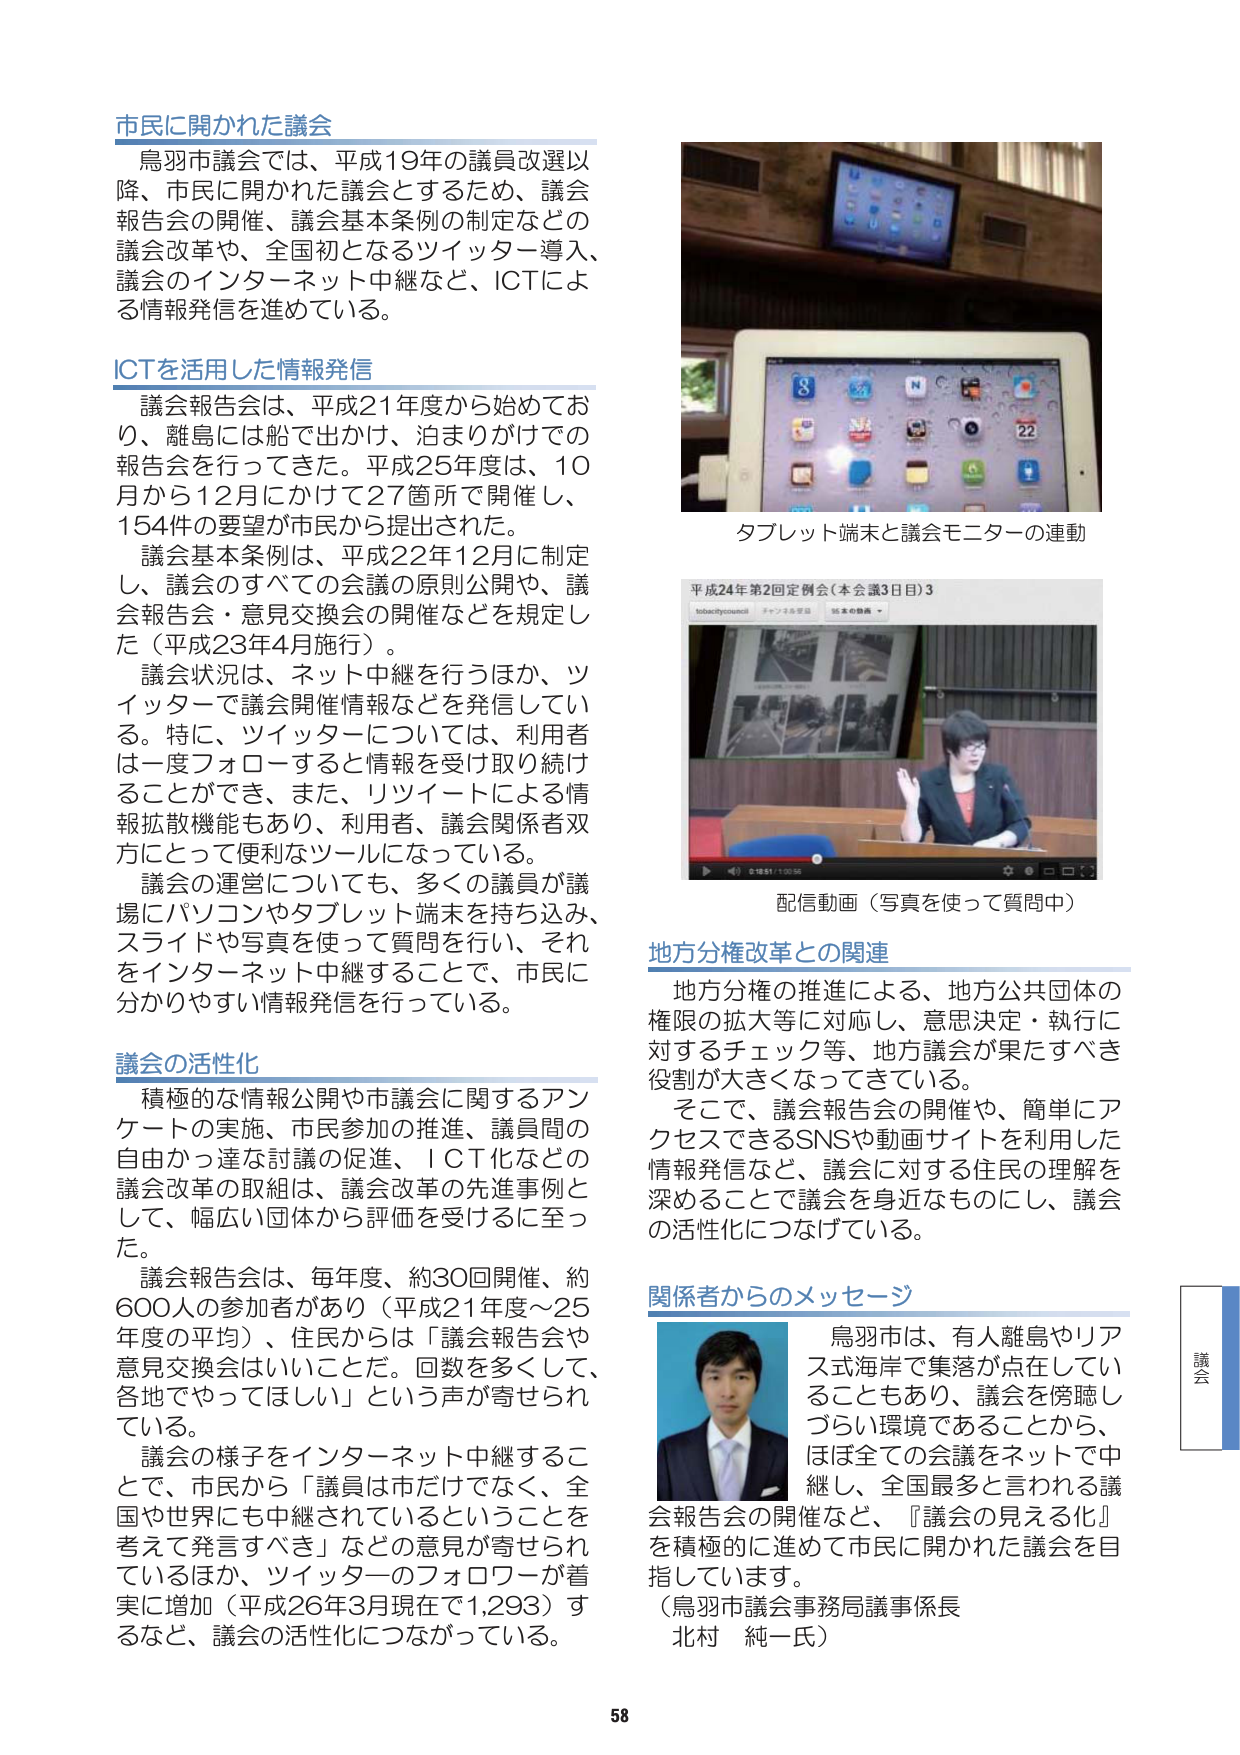
市民に開かれた議会
鳥羽市議会では、平成19年の議員改選以降、市民に開かれた議会とするため、議会報告会の開催、議会基本条例の制定などの議会改革や、全国初となるツイッター導入、議会のインターネット中継など、ICTによる情報発信を進めている。

ICTを活用した情報発信
議会報告会は、平成21年度から始めており、離島には船で出かけ、泊まりがけでの報告会を行ってきた。平成25年度は、10月から12月にかけて27箇所で開催し、154件の要望が市民から提出された。
議会基本条例は、平成22年12月に制定し、議会のすべての会議の原則公開や、議会報告会・意見交換会の開催などを規定した（平成23年4月施行）。
議会状況は、ネット中継を行うほか、ツイッターで議会開催情報などを発信している。特に、ツイッターについては、利用者は一度フォローすると情報を受け取り続けることができ、また、リツイートによる情報拡散機能もあり、利用者、議会関係者双方にとって便利なツールになっている。
議会の運営についても、多くの議員が議場にパソコンやタブレット端末を持ち込み、スライドや写真を使って質問を行い、それをインターネット中継することで、市民に分かりやすい情報発信を行っている。

議会の活性化
積極的な情報公開や市議会に関するアンケートの実施、市民参加の推進、議員間の自由かつ達な討論の促進、ICT化などの議会改革の取組は、議会改革の先進事例として、幅広い団体から評価を受けるに至った。
議会報告会は、毎年度、約30回開催、約600人の参加者があり（平成21年度～25年度の平均）、住民からは「議会報告会や意見交換会はいいことだ。回数を多くして、各地でやってほしい」という声が寄せられている。
議会の様子をインターネット中継することで、市民から「議員は市だけでなく、全国や世界にも中継されているということを考えて発言すべき」などの意見が寄せられているほか、ツイッターのフォロワーが着実に増加（平成26年3月現在で1,293）するなど、議会の活性化につながっている。

タブレット端末と議会モニターの連動
平成24年第2回定例会（本会議3日目）3
tobachiyousai
チャンネル登録 95本の動画
配信動画（写真を使って質問中）

地方分権改革との関連
地方分権の推進による、地方公共団体の権限の拡大等に対応し、意思決定・執行に対するチェック等、地方議会が果たすべき役割が大きくなってきている。
そこで、議会報告会の開催や、簡単にアクセスできるSNSや動画サイトを利用した情報発信など、議会に対する住民の理解を深めることで議会を身近なものにし、議会の活性化につなげている。

関係者からのメッセージ
鳥羽市は、有人離島やリアス式海岸で集落が点在していることもあり、議会を傍聴しづらい環境であることから、ほぼ全ての会議をネットで中継し、全国最多と言われる議会報告会の開催など、『議会の見える化』を積極的に進めて市民に開かれた議会を目指しています。
（鳥羽市議会事務局議事係長 北村 純一氏）

議会
58